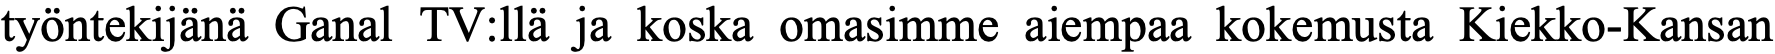
työntekijänä Ganal TV:llä ja koska omasimme aiempaa kokemusta Kiekko-Kansan